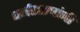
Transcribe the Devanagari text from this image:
धर्मशास्त्रांनी